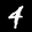
Label: 4